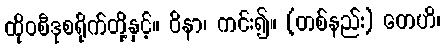
ထိုဝစီဒုစရိုက်တို့နှင့်။ ဝိနာ၊ ကင်း၍။ (တစ်နည်း) တေဟိ၊